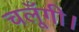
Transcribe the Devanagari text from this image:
चलूँगी।